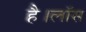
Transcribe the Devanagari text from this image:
है।लॉस